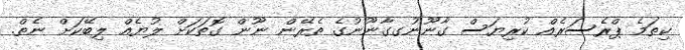
ކިތަމެ ޕްރެސަރެއް ކުރިޔަސް ގާނޫނުގގާނޫނުގެ ތެރޭން ނޫން ގޮތަކަށް ލުޔެއް ލިބޭކަށް ނެތް.